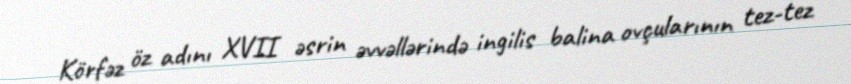
Körfəz öz adını XVII əsrin əvvəllərində ingilis balina ovçularının tez-tez